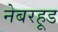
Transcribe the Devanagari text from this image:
नेबरहूड